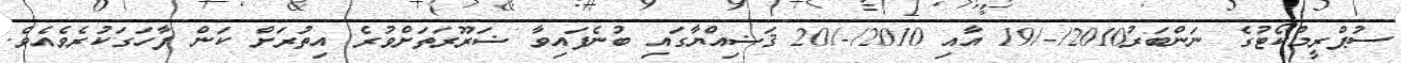
ސުޕްރީމްކޯޓުގެ ނަންބަރު2010/-/19 އާއި 2010/-/20 ޤަޟިއްޔާގައި ބުނެފައިވާ ޟަރޫރަތަށްވުރެ އިތުރަށް ކަން ފާހަގަކުރެވެއެވެ.